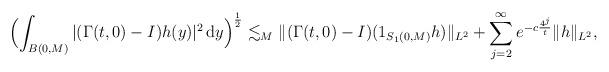
LaTeX: \begin{align*}\Bigl(\int _{B(0,M)} |(\Gamma(t,0)-I)h(y)|^2\,{\rm d}y\Bigr)^{\frac{1}{2}}& \lesssim_M\|(\Gamma(t,0)-I)(1_{S_{1}(0,M)}h)\|_{L^2}+\sum_{j=2} ^\infty e^{-c\frac{4^{j}}{t}}\|h\|_{L^2},\end{align*}